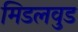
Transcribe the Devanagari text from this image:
मिडलवुड